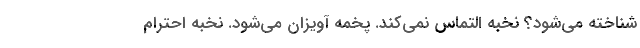
شناخته می‌‌شود؟ نخبه التماس نمی‌کند. پخمه آویزان می‌شود. نخبه احترام